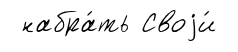
набра́ть Своjи́